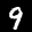
Label: 9